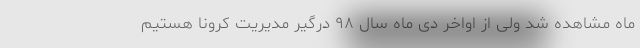
ماه مشاهده شد ولی از اواخر دی ماه سال ۹۸ درگیر مدیریت کرونا هستیم